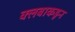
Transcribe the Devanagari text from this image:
क्लबाकडून